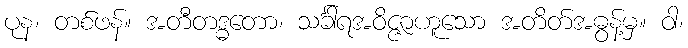
ပုန၊ တစ်ဖန်။ အတီတဒ္ဓတော၊ သင်္ခါရအဝိဇ္ဇာဟူသော အတိတ်အဓွန့်မှ။ ဝါ၊